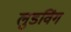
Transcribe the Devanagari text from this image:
लुडविंग